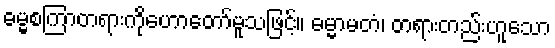
ဓမ္မစကြာတရားကိုဟောတော်မူသဖြင့်။ ဓမ္မာမတံ၊ တရားတည်းဟူသော